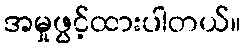
အမှုဖွင့်ထားပါတယ်။